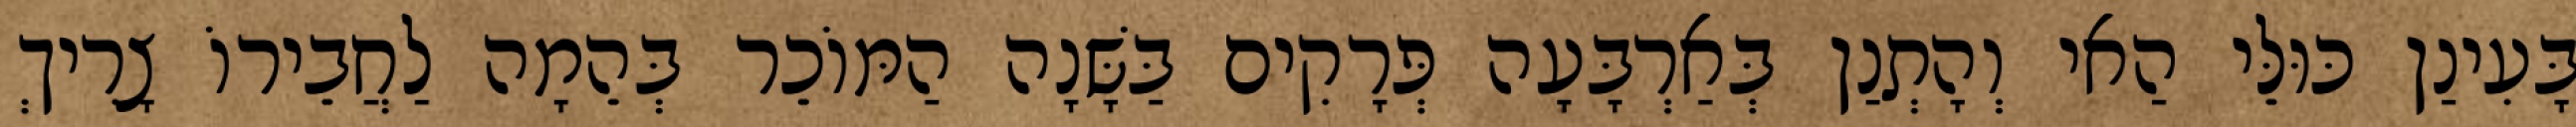
בָּעִינַן כּוּלֵּי הַאי וְהָתְנַן בְּאַרְבָּעָה פְּרָקִים בַּשָּׁנָה הַמּוֹכֵר בְּהֵמָה לַחֲבֵירוֹ צָרִיךְ